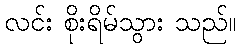
လင်း စိုးရိမ်သွား သည်။